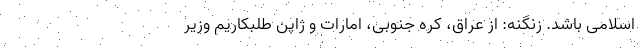
اسلامی باشد. زنگنه: از عراق، کره جنوبی، امارات و ژاپن طلبکاریم وزیر